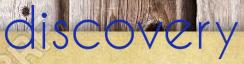
discovery